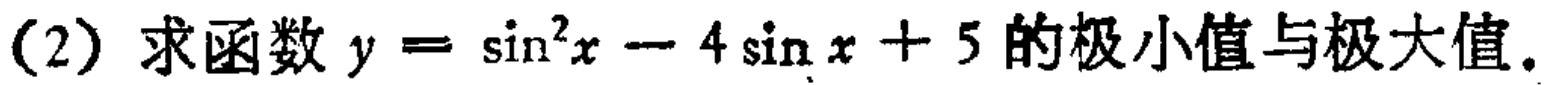
(2) 求函数 \(y = \sin^{2}x - 4\sin x + 5\) 的极小值与极大值。